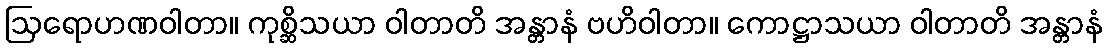
ဩရောဟဏဝါတာ။ ကုစ္ဆိသယာ ဝါတာတိ အန္တာနံ ဗဟိဝါတာ။ ကောဋ္ဌာသယာ ဝါတာတိ အန္တာနံ